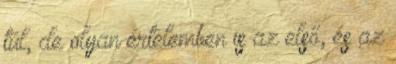
túl, de olyan értelemben is az első, és az